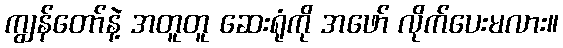
ကျွန်တော်နဲ့ အတူတူ ဆေးရုံကို အဖော် လိုက်ပေးမလား။